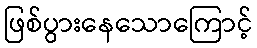
ဖြစ်ပွားနေသောကြောင့်